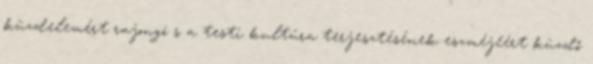
küzdelemért rajongó s a testi kultúra terjesztésének eszméjéért küzdő